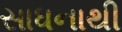
સાધનાથી